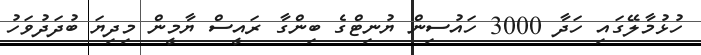
ހުޅުމާލޭގައި ހަދާ 3000 ހައުސިން ޔުނިޓްގެ ބިންގާ ރައީސް ޔާމީން މިދިޔަ ބުދަދުވަހު